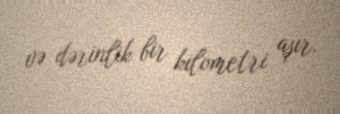
və dərinlik bir kilometri aşır.